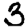
Digit: 3